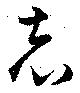
志